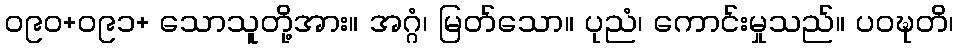
ဝ၉၀+ဝ၉၁+ သောသူတို့အား။ အဂ္ဂံ၊ မြတ်သော။ ပုညံ၊ ကောင်းမှုသည်။ ပဝဍ္ဎတိ၊